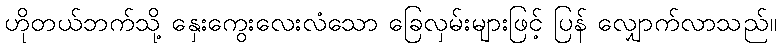
ဟိုတယ်ဘက်သို့ နှေးကွေးလေးလံသော ခြေလှမ်းများဖြင့် ပြန် လျှောက်လာသည်။